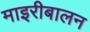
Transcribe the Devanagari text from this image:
माइरीबालन